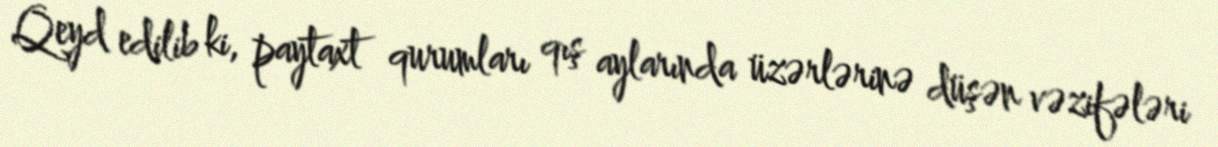
Qeyd edilib ki, paytaxt qurumları qış aylarında üzərlərinə düşən vəzifələri